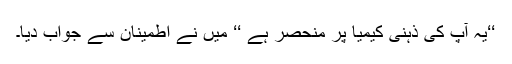
‘‘یہ آپ کی ذہنی کیمیا پر منحصر ہے ‘‘ میں نے اطمینان سے جواب دیا۔